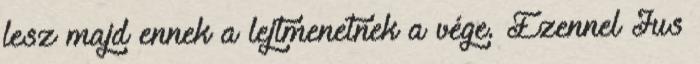
lesz majd ennek a lejtmenetnek a vége. Ezennel Jus